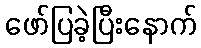
ဖော်ပြခဲ့ပြီးနောက်